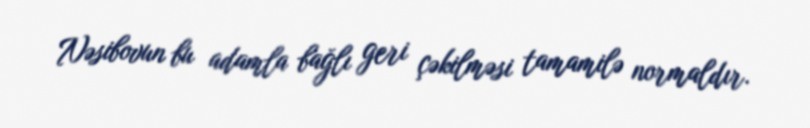
Nəsibovun bu adamla bağlı geri çəkilməsi tamamilə normaldır.